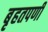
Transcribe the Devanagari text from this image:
बृहतपर्णी